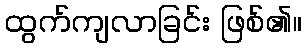
ထွက်ကျလာခြင်း ဖြစ်၏။